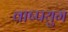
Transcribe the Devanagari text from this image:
वाष्पयुग